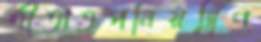
শীতাতপনিয়ন্ত্রিণ